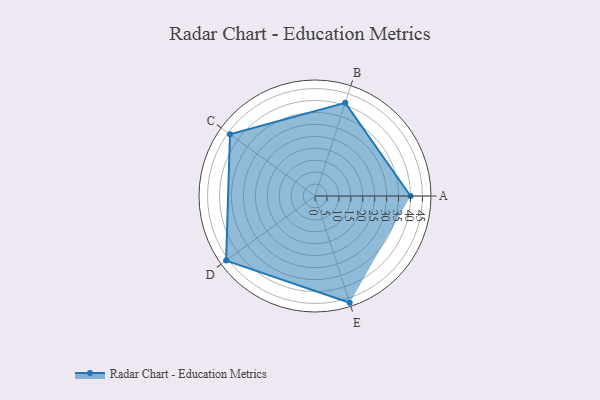
{"axis": {"x": "Skill", "y": "Score"}, "legend": ["Profile"], "data": [{"x": "A", "y": 40.0, "type": "Profile"}, {"x": "B", "y": 41.0, "type": "Profile"}, {"x": "C", "y": 44.0, "type": "Profile"}, {"x": "D", "y": 46.0, "type": "Profile"}, {"x": "E", "y": 47.0, "type": "Profile"}]}